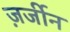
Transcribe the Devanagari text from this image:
ज़र्जीन